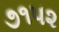
૭૧૫૨